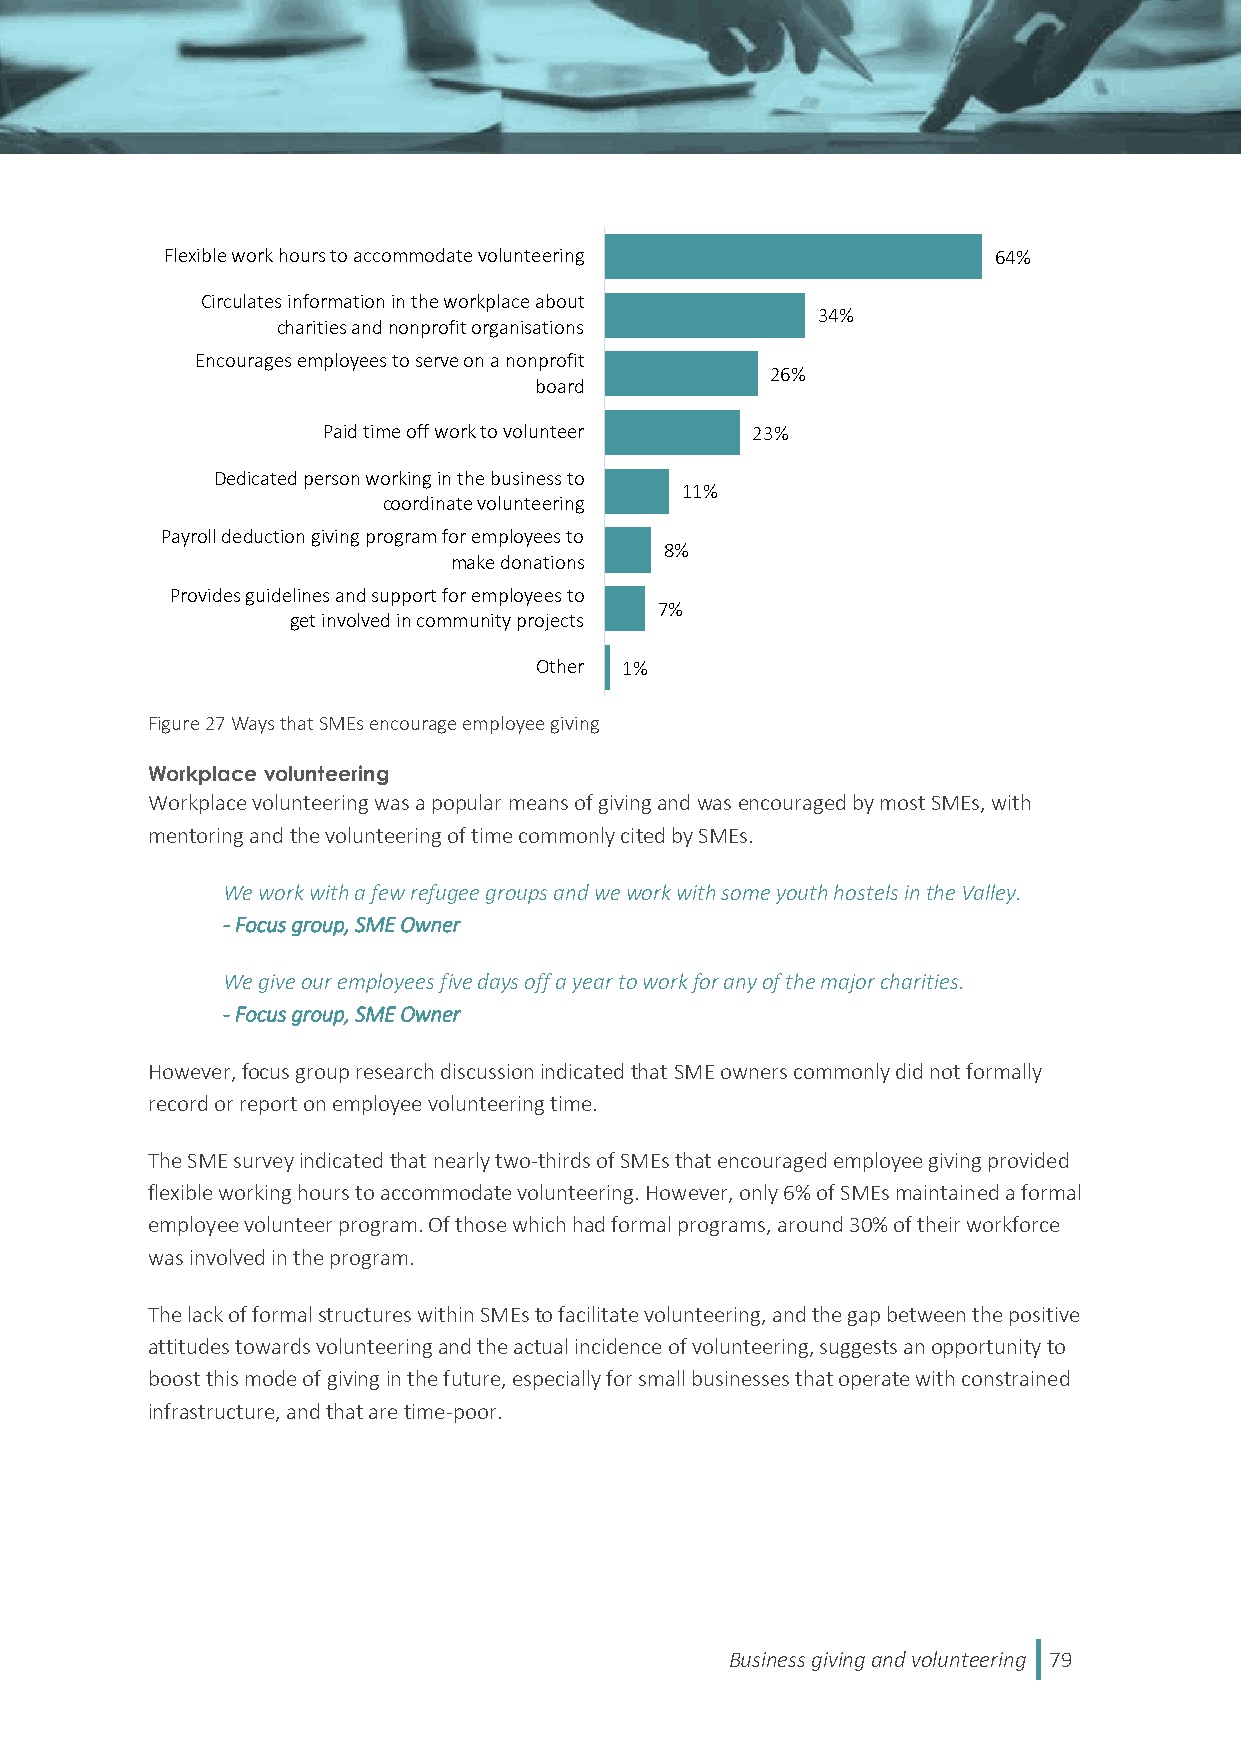
Flexible work hours to accommodate volunteering        64%
 Circulates information in the workplace about
 34%
 charities and nonprofit organisations
 Encourages employees to serve on a nonprofit
 26%
 board
 Paid time off work to volunteer 23%
 Dedicated person working in the business to
 11%
 coordinate volunteering
 Payroll deduction giving program for employees to
 8%
 make donations
 Provides guidelines and support for employees to
 7%
 get involved in community projects
 Other 1%
 Figure 27 Ways that SMEs encourage employee giving
 Workplace volunteering
 Workplace volunteering was a popular means of giving and was encouraged by most SMEs, with
 mentoring and the volunteering of time commonly cited by SMEs.
 We work with a few refugee groups and we work with some youth hostels in the Valley.
 - Focus group, SME Owner
 We give our employees five days off a year to work for any of the major charities.
 - Focus group, SME Owner
 However, focus group research discussion indicated that SME owners commonly did not formally
 record or report on employee volunteering time.
 The SME survey indicated that nearly two-thirds of SMEs that encouraged employee giving provided
 flexible working hours to accommodate volunteering. However, only 6% of SMEs maintained a formal
 employee volunteer program. Of those which had formal programs, around 30% of their workforce
 was involved in the program.
 The lack of formal structures within SMEs to facilitate volunteering, and the gap between the positive
 attitudes towards volunteering and the actual incidence of volunteering, suggests an opportunity to
 boost this mode of giving in the future, especially for small businesses that operate with constrained
 infrastructure, and that are time-poor.
 Business giving and volunteering 79